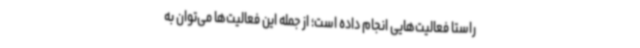
راستا فعالیت‌هایی انجام داده است؛ از جمله این فعالیت‌ها می‌توان به